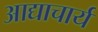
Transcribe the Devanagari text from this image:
आद्याचार्य